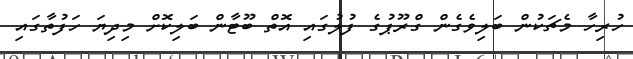
ހުރިހާ މެޗަކުން ބަލިވެގެން ގްރޫޕުގެ ފުލުގައި އޮތް ބޫޓާން ބަލިކޮށް މިދިޔަ ހަފުތާގައި